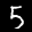
Digit: 5